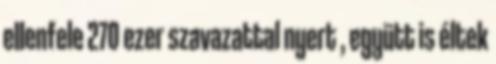
ellenfele 270 ezer szavazattal nyert , együtt is éltek